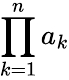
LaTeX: \prod_{k=1}^{n}a_{k}